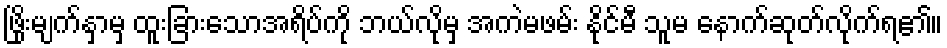
ဖြိုးမျက်နှာမှ ထူးခြားသောအရိပ်ကို ဘယ်လိုမှ အကဲမဖမ်း နိုင်မီ သူမ နောက်ဆုတ်လိုက်ရ၏။